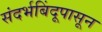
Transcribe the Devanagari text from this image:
संदर्भबिंदूपासून